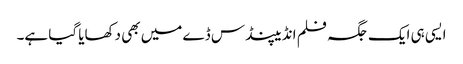
ایسی ہی ایک جگہ فلم انڈیپنڈس ڈے میں بھی دکھایا گیا ہے۔